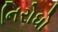
નિરોધો